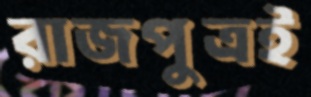
রাজপুত্রই